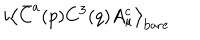
i \left< \bar { C } ^ { a } ( p ) C ^ { 3 } ( q ) A _ { \mu } ^ { c } \right> _ { \mathrm { b a r e } }